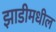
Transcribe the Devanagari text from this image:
झाडीमधील